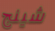
شينج